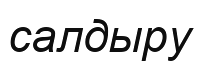
салдыру